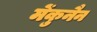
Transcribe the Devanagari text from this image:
मेंकुनैन